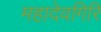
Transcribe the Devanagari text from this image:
महादेवगिरि